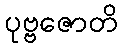
ပုဗ္ဗဇောတိ